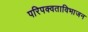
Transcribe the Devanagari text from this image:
परिपक्वताविभाजन